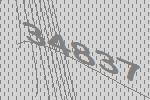
34837